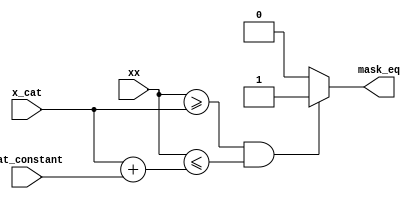
module X_CAT_1(
	input wire [9:0]xx,
	input wire [9:0]x_cat,
	input wire [9:0]cat_constant,
	
	output reg mask_eq
	);

wire	[9:0]x_cat_end;

assign x_cat_end = x_cat + cat_constant;
	
always @(xx, x_cat)
	begin
		if((xx >= x_cat)&&(xx <= x_cat_end))
			mask_eq = 1;
		else
			mask_eq = 0;	
	end 
endmodule